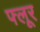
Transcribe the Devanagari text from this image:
फ्लूर